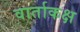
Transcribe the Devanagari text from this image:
वार्ताकक्ष